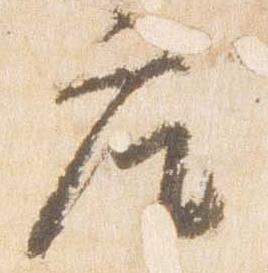
座